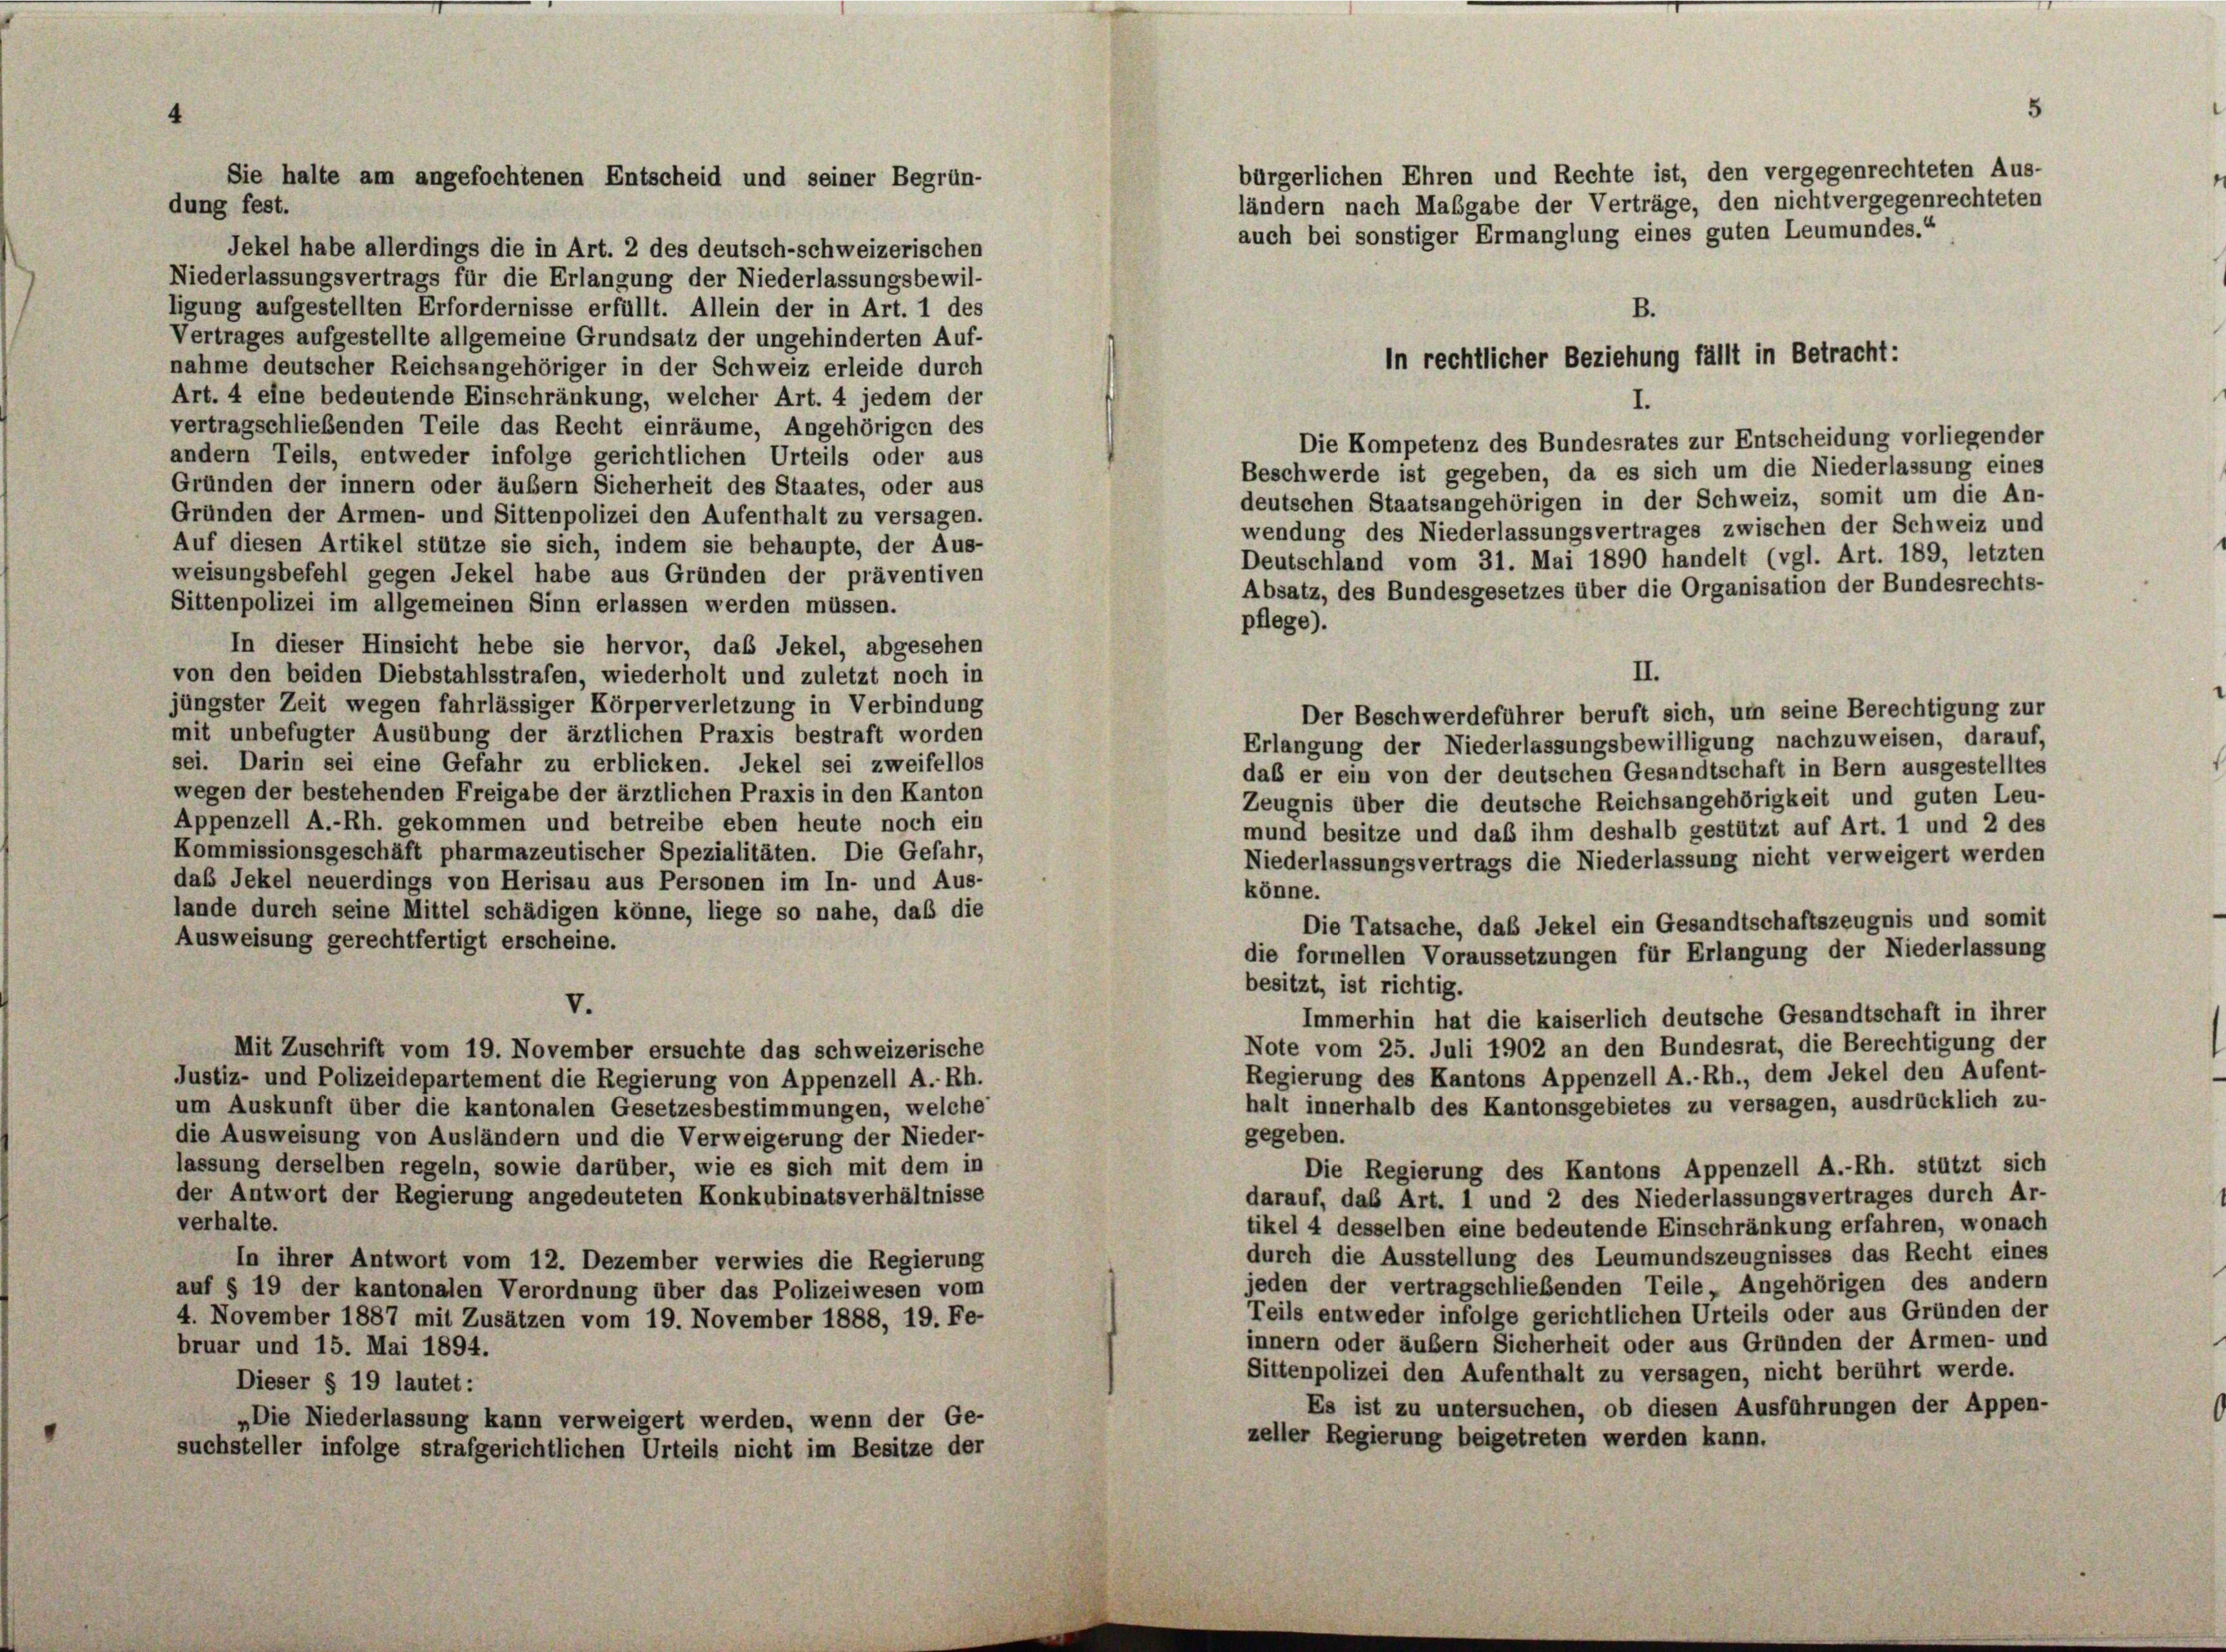
dung fest.

Jekel habe allerdings die in Art. 2 des deutsch-schweizerischen
Niederlassungsvertrags für die Erlangung der Niederlassungsbewil-
ligung aufgestellten Erfordernisse erfüllt. Allein der in Art. 1 des
Vertrages aufgestellte allgemeine Grundsatz der ungehinderten Auf-

bürgerlichen Ehren und Rechte ist, den vergegenrechteten Aus-
ländern nach Maßgabe der Verträge, den nicht vergegenrechteten
auch bei sonstiger Ermanglung eines guten Leumundes.“
nahme deutscher Reichsangehöriger in der Schweiz erleide durch
Art. 4 eine bedeutende Einschränkung, welcher Art. 4 jedem der
vertragschließenden Teile das Recht einräume, Angehörigen des
Die Kompetenz des Bundesrates zur Entscheidung vorliegender
andern Teils, entweder infolge gerichtlichen Urteils oder aus
Beschwerde ist gegeben, da es sich um die Niederlassung eines
Gründen der innern oder äußern Sicherheit des Staates, oder aus
deutschen Staatsangehörigen in der Schweiz, somit um die An-
Gründen der Armen- und Sittenpolizei den Aufenthalt zu versagen.
wendung des Niederlassungsvertrages zwischen der Schweiz und
Auf diesen Artikel stütze sie sich, indem sie behaupte, der Aus-
Deutschland vom 31. Mai 1890 handelt (vgl. Art. 189, letzten
weisungsbefehl gegen Jekel habe aus Gründen der präventiven
Absatz, des Bundesgesetzes über die Organisation der Bundesrechts-
Sittenpolizei im allgemeinen Sinn erlassen werden müssen.
pflege).
In dieser Hinsicht hebe sie hervor, daß Jekel, abgesehen
II.
von den beiden Diebstahlsstrafen, wiederholt und zuletzt noch in
jüngster Zeit wegen fahrlässiger Körperverletzung in Verbindung
Der Beschwerdeführer beruft sich, um seine Berechtigung zur
mit unbefugter Ausübung der ärztlichen Praxis bestraft worden
Erlangung der Niederlassungsbewilligung nachzuweisen, darauf,
sei. Darin sei eine Gefahr zu erblicken. Jekel sei zweifellos
daß er ein von der deutschen Gesandtschaft in Bern ausgestelltes
wegen der bestehenden Freigabe der ärztlichen Praxis in den Kanton
Zeugnis über die deutsche Reichsangehörigkeit und guten Leu-
Appenzell A.-Rh. gekommen und betreibe eben heute noch ein
mund besitze und daß ihm deshalb gestützt auf Art. 1 und 2 des
Kommissionsgeschäft pharmazeutischer Spezialitäten. Die Gefahr,
Niederlassungsvertrags die Niederlassung nicht verweigert werden
das Jekel neuerdings von Herisau aus Personen im In- und Aus-
könne.
lande durch seine Mittel schädigen könne, liege so nahe, daß die
Die Tatsache, daß Jekel ein Gesandtschaftszeugnis und somit
Ausweisung gerechtfertigt erscheine.
die formellen Voraussetzungen für Erlangung der Niederlassung
besitzt, ist richtig.
V.
Immerhin hat die kaiserlich deutsche Gesandtschaft in ihrer
Note vom 25. Juli 1902 an den Bundesrat, die Berechtigung der
Mit Zuschrift vom 19. November ersuchte das schweizerische
Regierung des Kantons Appenzell A.-Rh., dem Jekel den Aufent-
Justiz- und Polizeidepartement die Regierung von Appenzell A.-Rh.
halt innerhalb des Kantonsgebietes zu versagen, ausdrücklich zu-
um Auskunft über die kantonalen Gesetzesbestimmungen, welche
gegeben.
die Ausweisung von Ausländern und die Verweigerung der Nieder-
lassung derselben regeln, sowie darüber, wie es sich mit dem in
Die Regierung des Kantons Appenzell A.-Rh. stützt sich
der Antwort der Regierung angedeuteten Konkubinatsverhältnisse
darauf, das Art. 1 und 2 des Niederlassungsvertrages durch Ar-
verhalte.
tikel 4 desselben eine bedeutende Einschränkung erfahren, wonach
durch die Ausstellung des Leumundszeugnisses das Recht eines
In ihrer Antwort vom 12. Dezember verwies die Regierung
jeden der vertragschließenden Teile, Angehörigen des andern
auf § 19 der kantonalen Verordnung über das Polizeiwesen vom
Teils entweder infolge gerichtlichen Urteils oder aus Gründen der
4. November 1887 mit Zusätzen vom 19. November 1888, 19. Fe-
innern oder äußern Sicherheit oder aus Gründen der Armen- und
bruar und 15. Mai 1894.
Sittenpolizei den Aufenthalt zu versagen, nicht berührt werde.
Dieser § 19 lautet:
Es ist zu untersuchen, ob diesen Ausführungen der Appen-
„Die Niederlassung kann verweigert werden, wenn der Ge-
zeller Regierung beigetreten werden kann.
suchsteller infolge strafgerichtlichen Urteils nicht im Besitze der

Sie halte am angefochtenen Entscheid und seiner Begrün-

B.
In rechtlicher Beziehung fällt in Betracht:

5